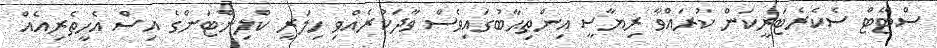
ސްޓޭޓް ސެކެރެޓަރީކަން ކުރައްވާ ރިޔާސީ އިންތިޙާބުގައިވެސް ވާދަކުރެއްވި ހިލަރީ ކްލިންޓަންގެ އިސް އެހީތެރިއެއް